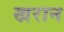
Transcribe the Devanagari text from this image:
खरान